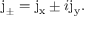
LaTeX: \mathrm { j _ { \pm } } = \mathrm { j _ { x } } \pm i \mathrm { j _ { y } } .